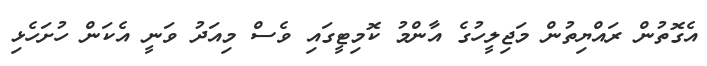
އެގޮތުން ރައްޔިތުން މަޖިލީހުގެ އާންމު ކޮމިޓީގައި ވެސް މިއަދު ވަނީ އެކަން ހުށަހެޅި